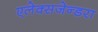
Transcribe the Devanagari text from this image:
एलेक्सजेन्डरा